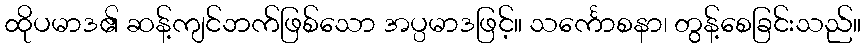
ထိုပမာဒ၏ ဆန့်ကျင်ဘက်ဖြစ်သော အပ္ပမာဒဖြင့်။ သင်္ကောစနာ၊ တွန့်စေခြင်းသည်။